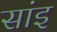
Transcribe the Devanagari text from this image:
सांइ